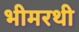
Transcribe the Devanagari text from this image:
भीमरथी